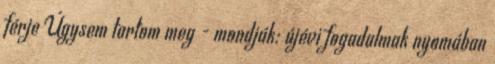
férje Úgysem tartom meg - mondják: újévi fogadalmak nyomában